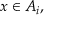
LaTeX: x \in A _ { i } ,